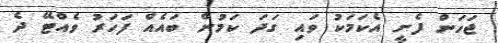
ޖަހަން ފެށީ އެކަމަކު ވައި ގަދަ ކަމުން ބައެއް ފަހަރު ވެއްޓޭ ދެ